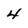
Character: 4